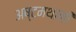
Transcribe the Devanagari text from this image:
अष्टमथानी